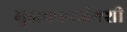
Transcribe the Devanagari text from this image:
मुझफ्फरजंगशी